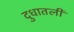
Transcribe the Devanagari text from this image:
दुधातली